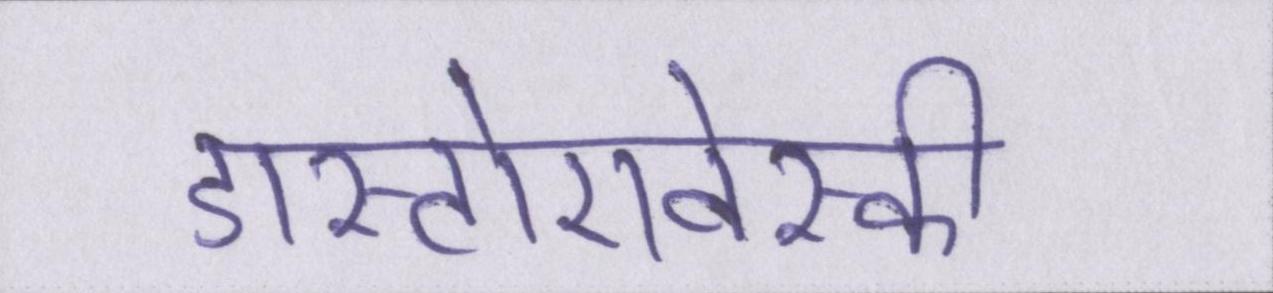
डास्टोएवेस्की